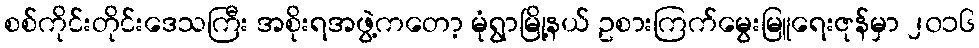
စစ်ကိုင်းတိုင်းဒေသကြီး အစိုးရအဖွဲ့ကတော့ မုံရွာမြို့နယ် ဥစားကြက်မွေးမြူရေးဇုန်မှာ ၂၀၁၆